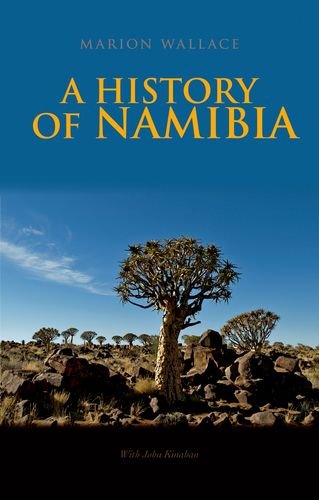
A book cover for History of Namibia: From the Beginning to 1990; Marion Wallace; History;